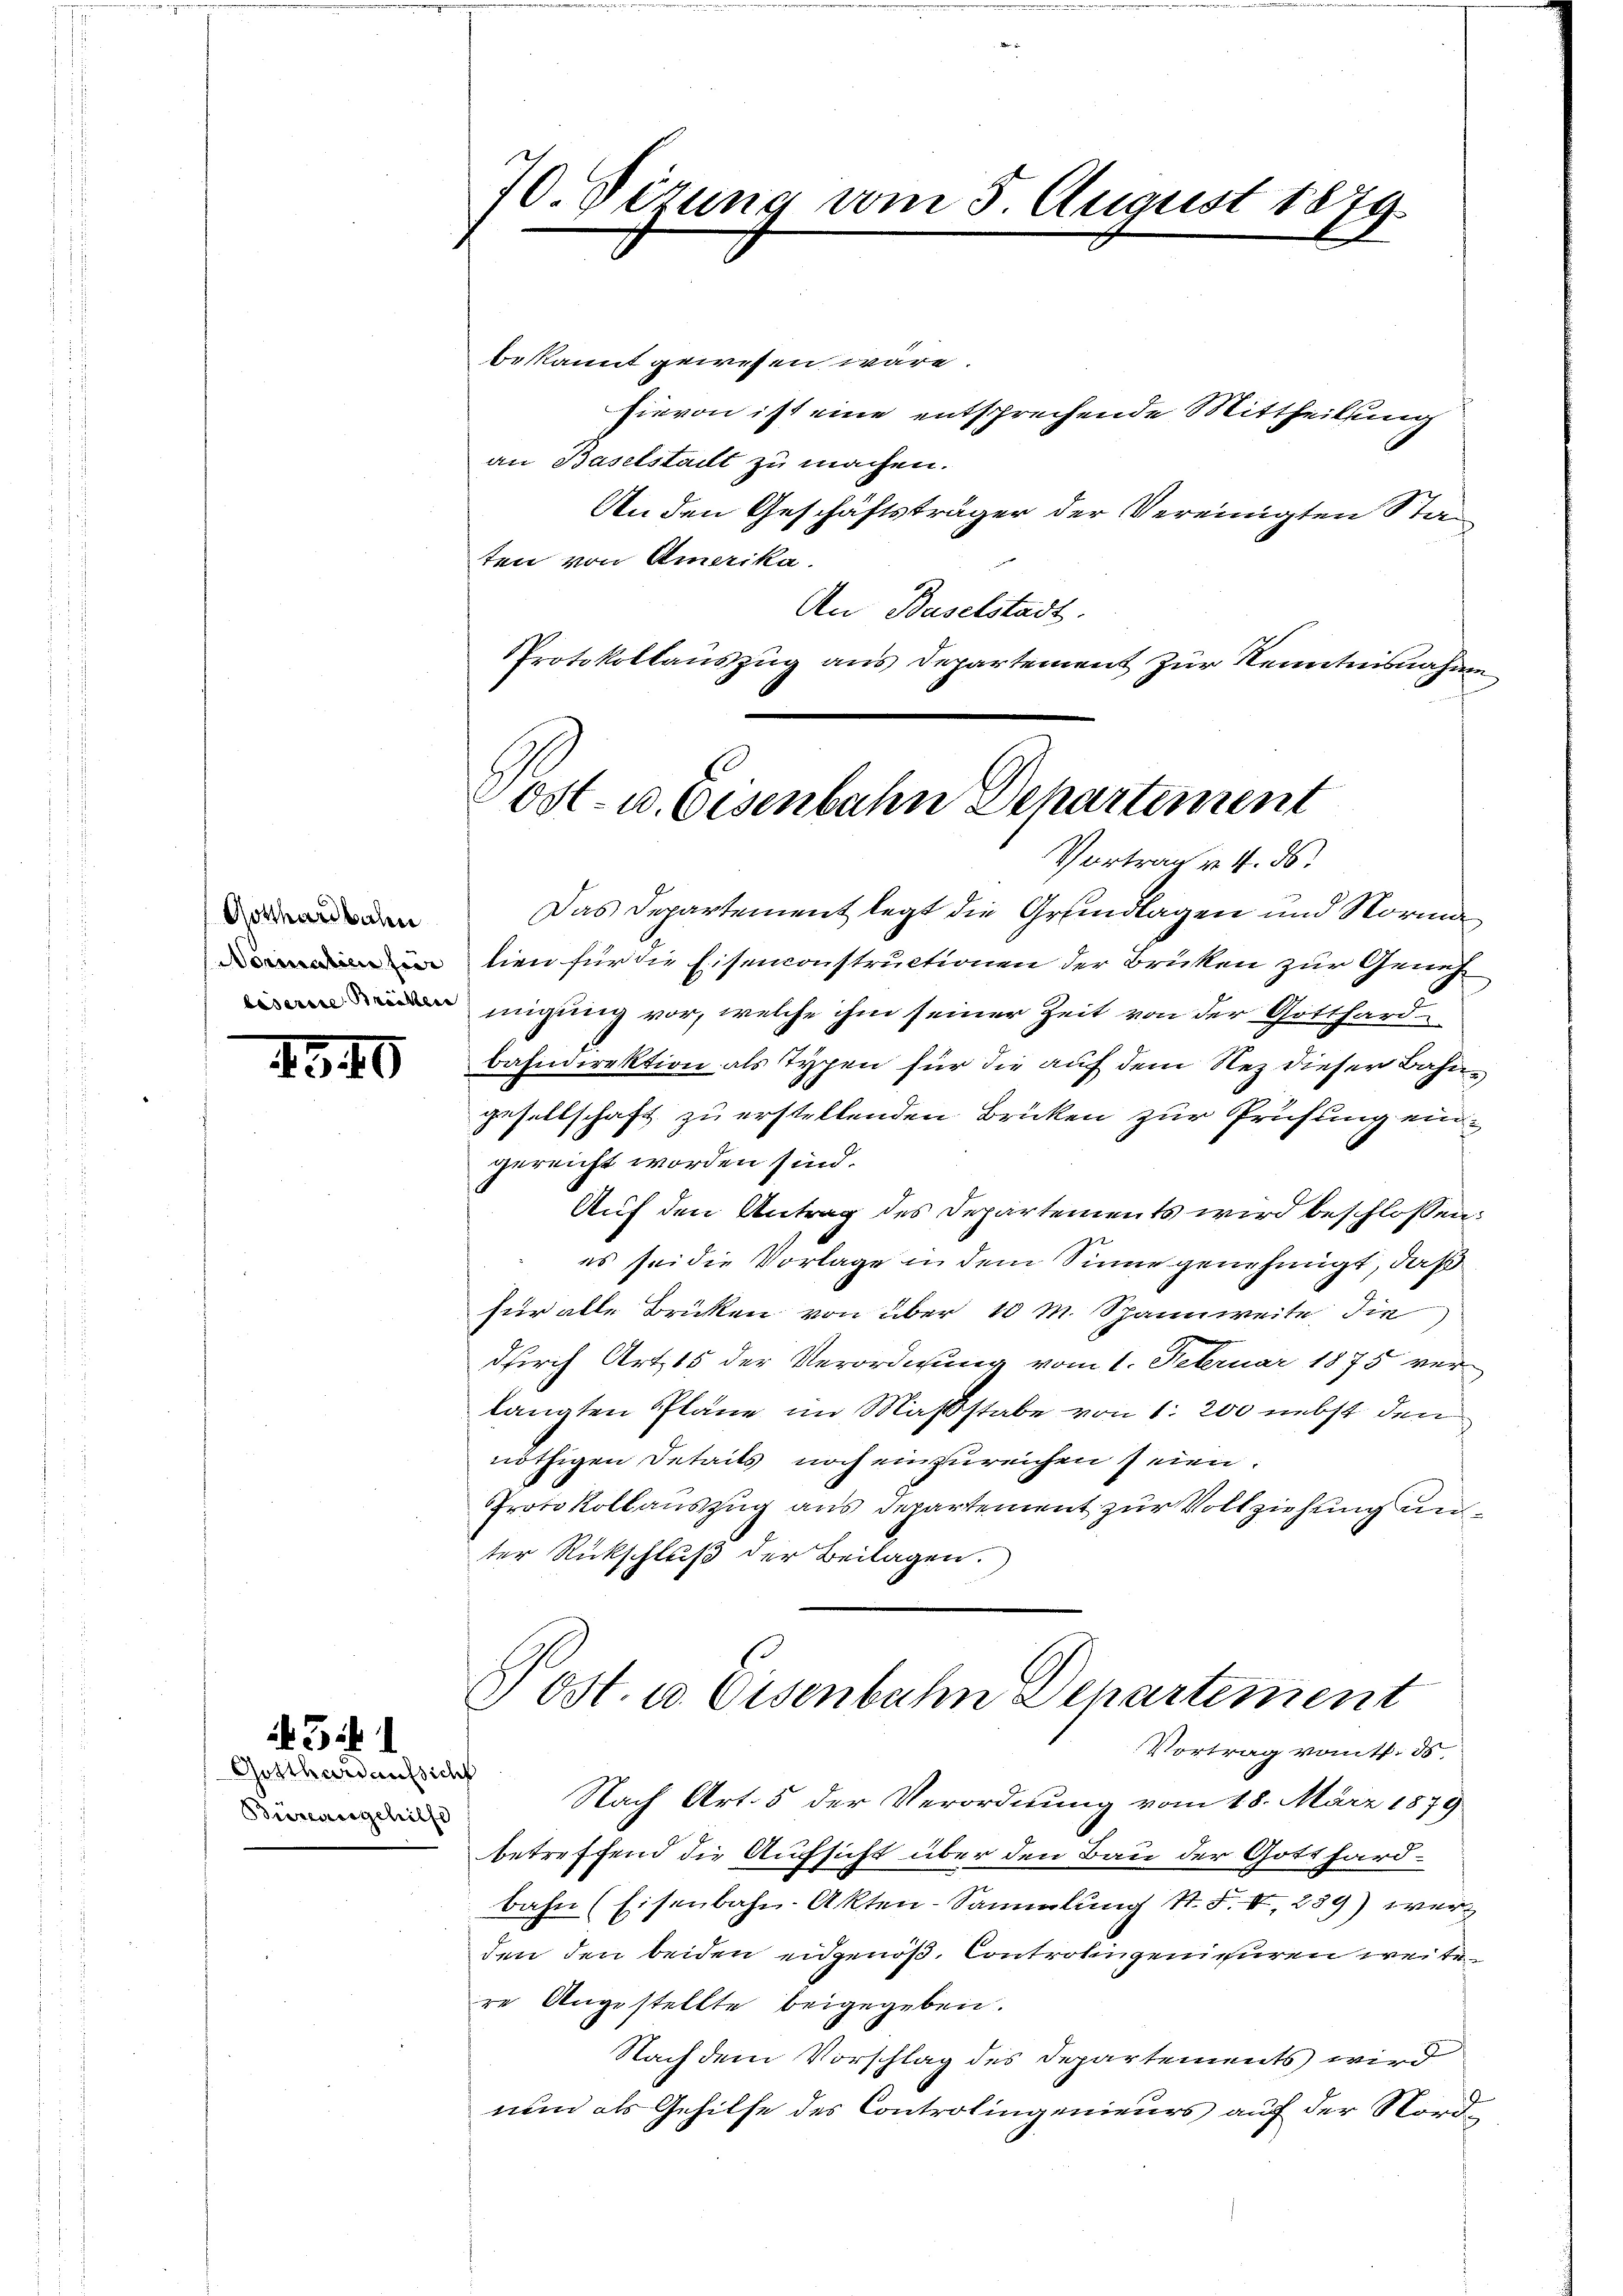
Gotthardbahn

1540

31

Gotthardaufsicht
Büreausgehilfe

70. Sizung vom 5. August 1879.

Vortrag v. 4. ds.
Das Departement legt die Grundlagen und Norma
lien für die Eisenconstructionen der Brüken zur Genehmigung vor, welche ihm seiner Zeit von der Gotthard-
bahndirektion als Typen für die auf dem Nez dieser Bahngesellschaft zu erstellenden Brüken zur Prüfung eingereicht worden sind.
Auf den Antrag des Departements wird beschlossen:
es sei die Vorlage in dem Sinne genehmigt, daß
für alle Brüken von über 10 m. Spannweite die
durch Art. 15 der Verordnung vom 1. Februar 1875 verlangten Pläne im Maßstabe von 1. 200 nebst den
nöthigen Details noch einzureichen seien:
Protokollauszug aus Departement zur Vollziehung anter Rückschluß der Beilagen.)

bekannt gewesen wäre
hievon ist eine entsprechende Mittheilung
an Baselstadt zu machen.
An den Geschäftsträger der Vereinigten Staten von Amerika.
An Baselstadt.
Protokollauszug aus Departement zur Kenntnisnahme

Post- u. Eisenbahn Departement

Post. u. Eisenbahn Departement
Vortrag vom 11. ds.
Nach Art. 5 der Verordnung vom 18. März 1879

betreffend die Aufsicht über den Bau der Gotthardbahn (Eisenbahn-Akten-Sammlung St. F. II, 289) werden den beiden eidgenöß. Controlingenieuren weitere Angestellte beigegeben.
Nach dem Vorschlag des Departements wird
uund als Gehilfe des Controlingenieurs auf der Nord